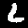
Label: 6